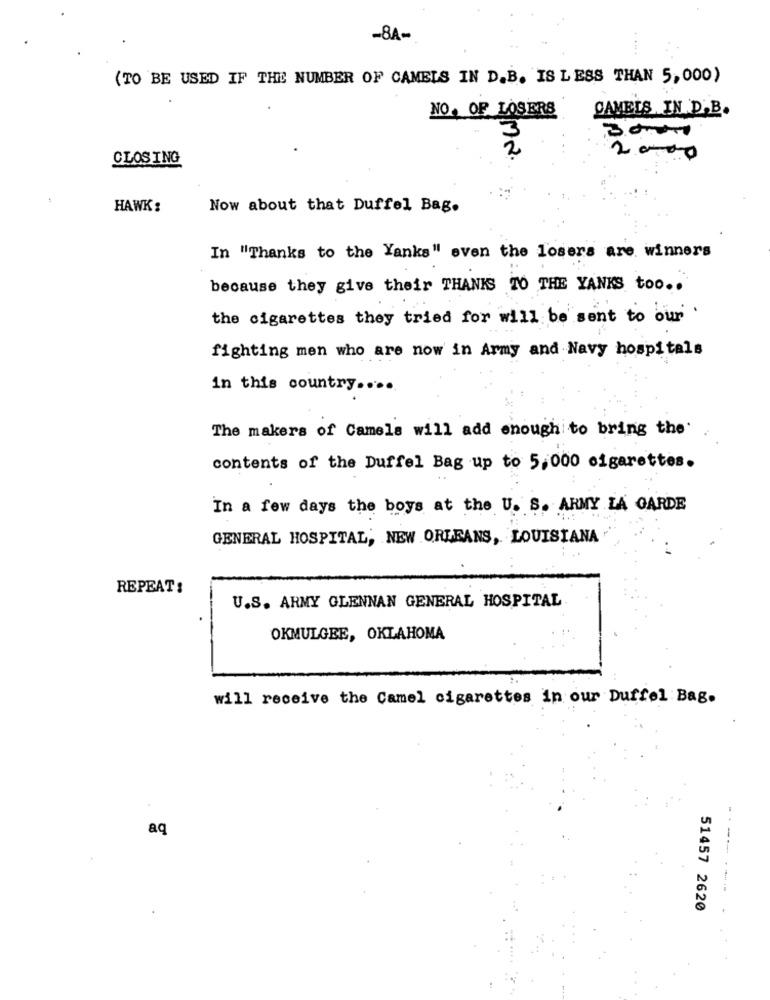
-8A-
....
(TO BE USED IF THE NUMBER OF CAMELS IN D.B. IS LESS THAN 5,000)
CAMELS IN D'B.
NO. OF LOSERS
CLOSING
Sma.
20.00
HAWK:
Now about that Duffel Bag.
In "Thanks to the Yanks" even the losers are winners
because they give their THANKS TO THE YANKS too ..
the cigarettes they tried for will be sent to our .
fighting men who are now in Army and Navy hospitals
in this country ....
The makers of Camels will add enough to bring the
contents of the Duffel Bag up to 5,000 cigarettes.
In a few days the boys at the U. S. ARMY LA GARDE
GENERAL HOSPITAL, NEW ORLEANS, LOUISIANA
REPEAT:
U.S. ARMY GLENNAN GENERAL HOSPITAL
OKMULGEE, OKLAHOMA
will receive the Camel cigarettes in our Duffel Bag.
aq
51457 2620